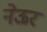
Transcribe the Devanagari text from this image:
नेऊर